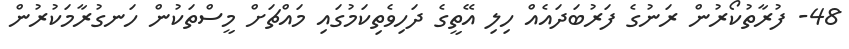
48- ފުރާތުކޯރުން ރަނުގެ ފަރުބަދައެއް ހިލި އޭތީގެ ދަހިވެތިކަމުގައި މައްޗަށް މީސްތަކުން ހަނގުރާމަކުރުން